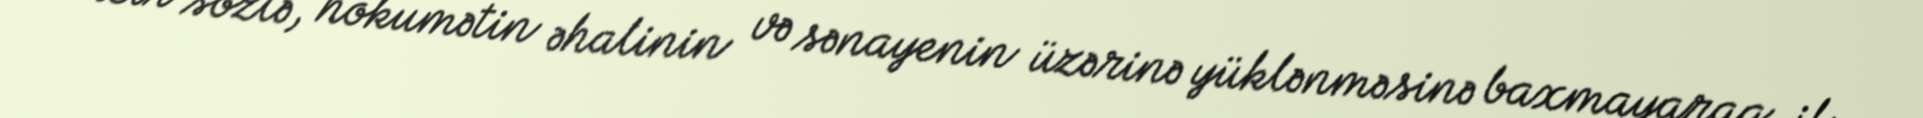
Bir sözlə, hökumətin əhalinin və sənayenin üzərinə yüklənməsinə baxmayaraq, il